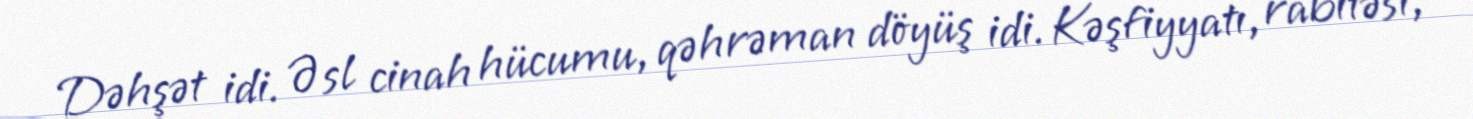
Dəhşət idi. Əsl cinah hücumu, qəhrəman döyüş idi. Kəşfiyyatı, rabitəsi,